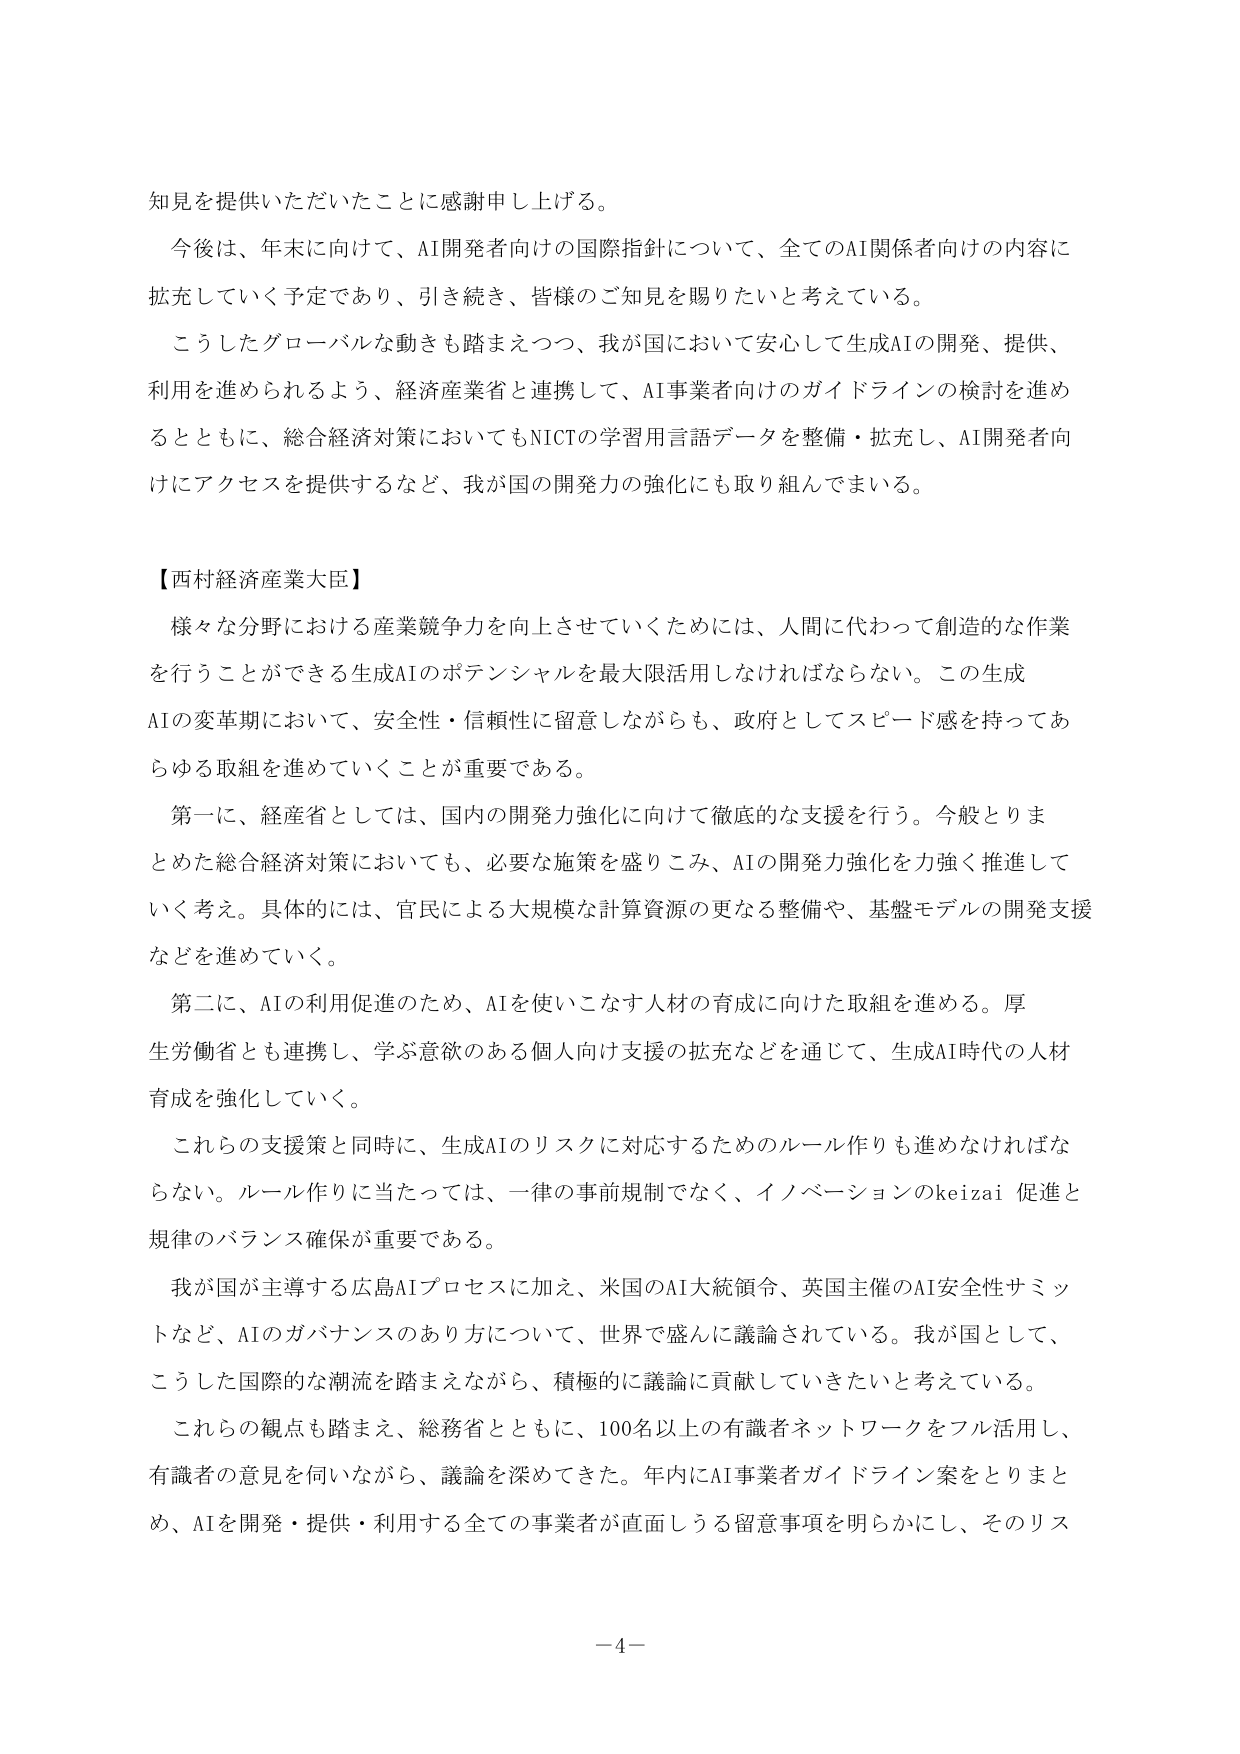
知見を提供いただいたことに感謝申し上げる。

今後は、年末に向けて、AI開発者向けの国際指針について、全てのAI関係者向けの内容に拡充していく予定であり、引き続き、皆様のご知見を賜りたいと考えている。

こうしたグローバルな動きも踏まえつつ、我が国において安心して生成AIの開発、提供、利用を進められるよう、経済産業省と連携して、AI事業者向けのガイドラインの検討を進めるとともに、総合経済対策においてもNICTの学習用言語データを整備・拡充し、AI開発者向けにアクセスを提供するなど、我が国の開発力の強化にも取り組んでまいる。

【西村経済産業大臣】

様々な分野における産業競争力を向上させていくためには、人間に代わって創造的な作業を行うことができる生成AIのポテンシャルを最大限活用しなければならない。この生成AIの変革期において、安全性・信頼性に留意しながらも、政府としてスピード感を持ってあらゆる取組を進めていくことが重要である。

第一に、経産省としては、国内の開発力強化に向けて徹底的な支援を行う。今般とりまとめた総合経済対策においても、必要な施策を盛りこみ、AIの開発力強化を力強く推進していく考え。具体的には、官民による大規模な計算資源の更なる整備や、基盤モデルの開発支援などを進めていく。

第二に、AIの利用促進のため、AIを使いこなす人材の育成に向けた取組を進める。厚生労働省とも連携し、学ぶ意欲のある個人向け支援の拡充などを通じて、生成AI時代の人材育成を強化していく。

これらの支援策と同時に、生成AIのリスクに対応するためのルール作りも進めなければならない。ルール作りに当たっては、一律の事前規制でなく、イノベーションのkeizai促進と規律のバランス確保が重要である。

我が国が主導する広島AIプロセスに加え、米国のAI大統領令、英国主催のAI安全性サミットなど、AIのガバナンスのあり方について、世界で盛んに議論されている。我が国として、こうした国際的な潮流を踏まえながら、積極的に議論に貢献していきたいと考えている。

これらの観点も踏まえ、総務省とともに、100名以上の有識者ネットワークをフル活用し、有識者の意見を伺いながら、議論を深めてきた。年内にAI事業者ガイドライン案をとりまとめ、AIを開発・提供・利用する全ての事業者が直面しうる留意事項を明らかにし、そのリス

－4－